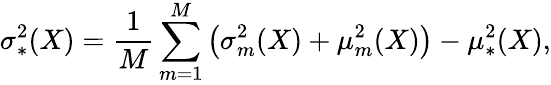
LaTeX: \sigma_{*}^{2}(X)=\frac{1}{M}\sum_{m=1}^{M}\left(\sigma_{m}^{2}(X)+\mu_{m}^{2}(X)\right)-\mu_{*}^{2}(X),